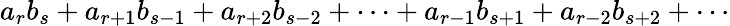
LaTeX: a_{r}b_{s}+a_{r+1}b_{s-1}+a_{r+2}b_{s-2}+\cdots+a_{r-1}b_{s+1}+a_{r-2}b_{s+2}+\cdots